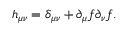
h _ { \mu \nu } = \delta _ { \mu \nu } + \partial _ { \mu } f \partial _ { \nu } f .